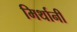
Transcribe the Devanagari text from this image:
मिर्थानी